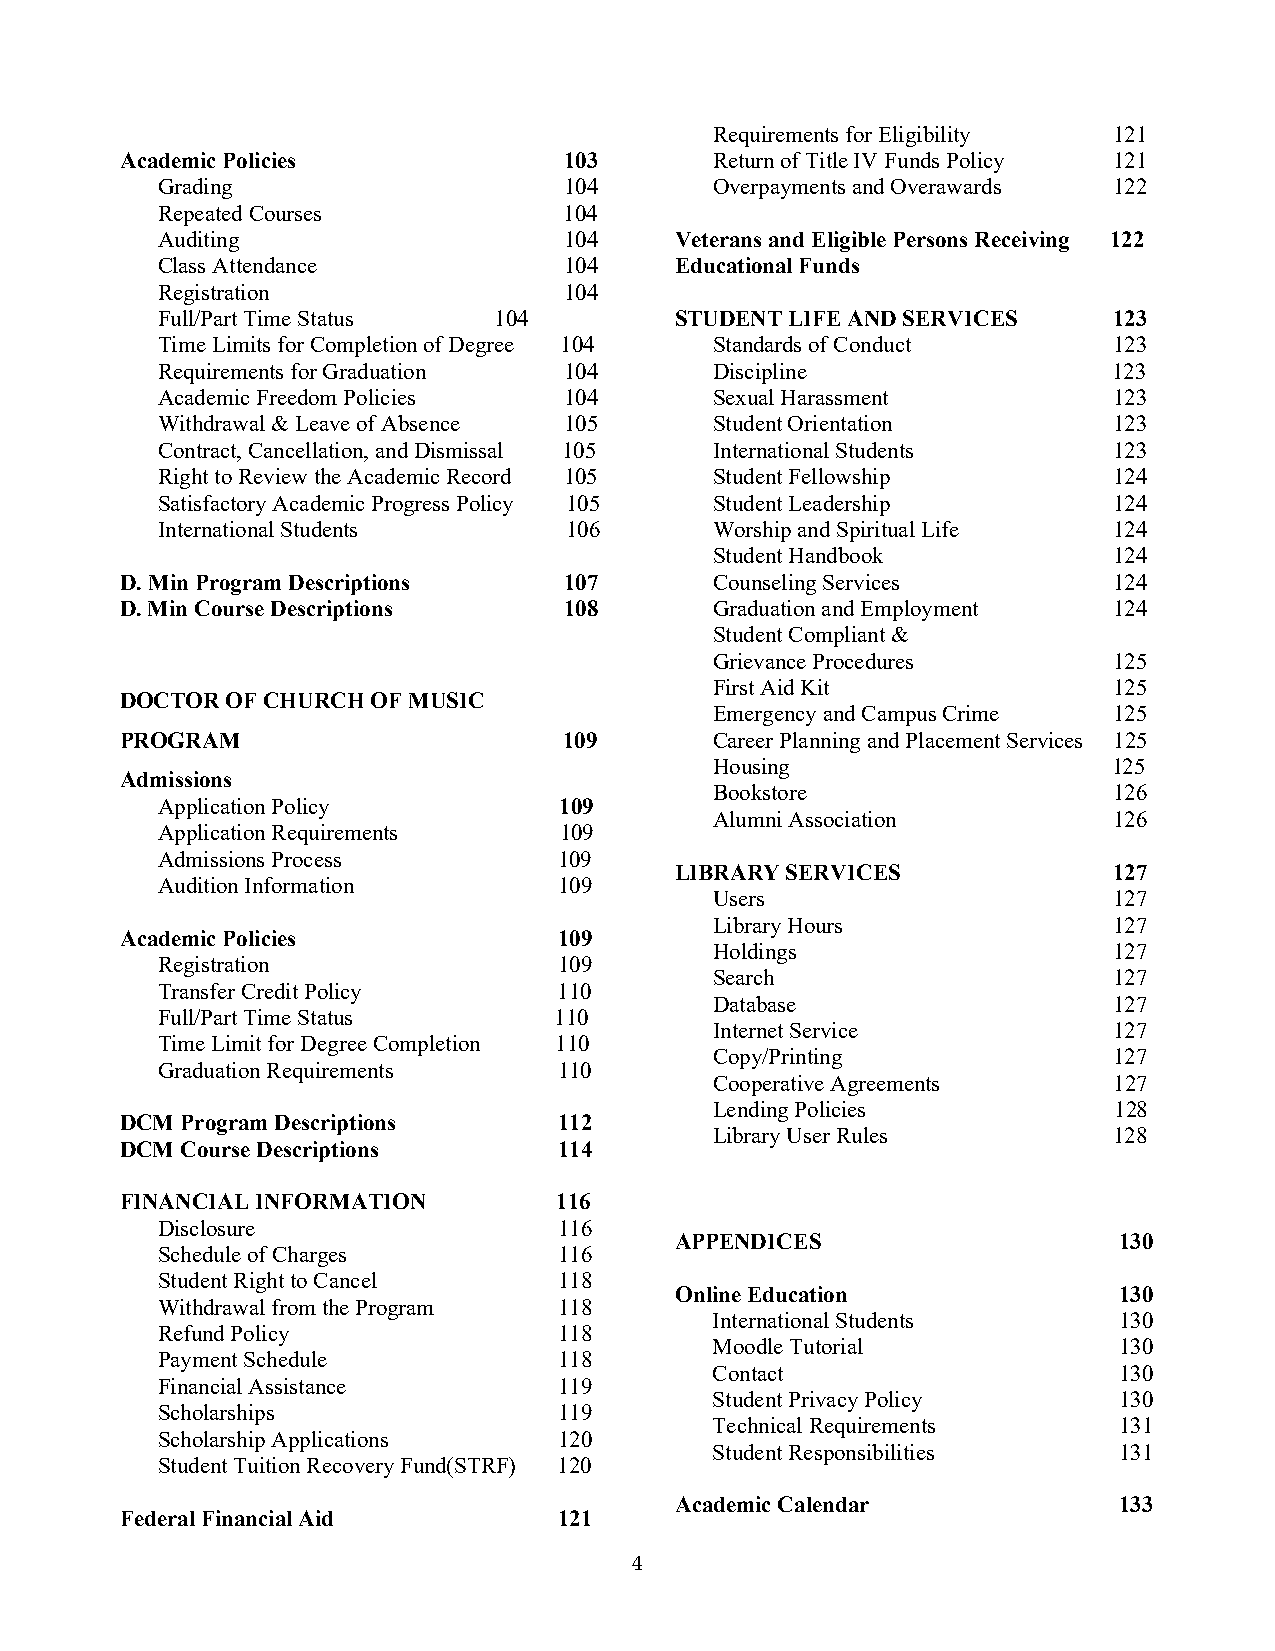
Requirements for Eligibility 121
 Academic Policies            103       Return of Title IV Funds Policy 121
 Grading                    104       Overpayments and Overawards 122
 Repeated Courses           104
 Auditing                   104     Veterans and Eligible Persons Receiving 122
 Class Attendance           104     Educational Funds
 Registration               104
 Full/Part Time Status  104         STUDENT LIFE AND SERVICES    123
 Time Limits for Completion of Degree 104 Standards of Conduct   123
 Requirements for Graduation 104      Discipline                 123
 Academic Freedom Policies  104       Sexual Harassment          123
 Withdrawal & Leave of Absence 105    Student Orientation        123
 Contract, Cancellation, and Dismissal 105 International Students 123
 Right to Review the Academic Record 105 Student Fellowship      124
 Satisfactory Academic Progress Policy 105 Student Leadership    124
 International Students     106       Worship and Spiritual Life 124
 Student Handbook           124
 D. Min Program Descriptions  107       Counseling Services        124
 D. Min Course Descriptions   108       Graduation and Employment  124
 Student Compliant &
 Grievance Procedures       125
 First Aid Kit              125
 DOCTOR OF CHURCH OF MUSIC
 Emergency and Campus Crime 125
 PROGRAM                      109       Career Planning and Placement Services 125
 Housing                    125
 Admissions
 Bookstore                  126
 Application Policy         109
 Alumni Association         126
 Application Requirements   109
 Admissions Process         109
 LIBRARY SERVICES             127
 Audition Information       109
 Users                      127
 Library Hours              127
 Academic Policies            109
 Holdings                   127
 Registration               109
 Search                     127
 Transfer Credit Policy     110
 Database                   127
 Full/Part Time Status      110
 Internet Service           127
 Time Limit for Degree Completion 110
 Copy/Printing              127
 Graduation Requirements    110
 Cooperative Agreements     127
 Lending Policies           128
 DCM Program Descriptions     112
 Library User Rules         128
 DCM Course Descriptions      114
 FINANCIAL INFORMATION        116
 Disclosure                 116
 APPENDICES                   130
 Schedule of Charges        116
 Student Right to Cancel    118
 Online Education             130
 Withdrawal from the Program 118
 International Students     130
 Refund Policy              118
 Moodle Tutorial            130
 Payment Schedule           118
 Contact                    130
 Financial Assistance       119
 Student Privacy Policy     130
 Scholarships               119
 Technical Requirements     131
 Scholarship Applications   120
 Student Responsibilities   131
 Student Tuition Recovery Fund(STRF) 120
 Academic Calendar            133
 Federal Financial Aid        121
 4